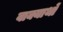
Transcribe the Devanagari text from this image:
वाक्यार्थों